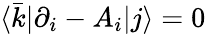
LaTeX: \langle{\bar{k}}|\partial_{i}-A_{i}|j\rangle=0